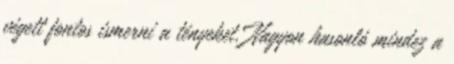
végett fontos ismerni a tényeket. Nagyon hasonló mindez a